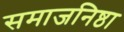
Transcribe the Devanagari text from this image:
समाजनिष्ठा